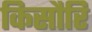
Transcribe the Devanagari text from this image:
किसौरि